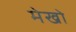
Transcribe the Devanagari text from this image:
मेखो